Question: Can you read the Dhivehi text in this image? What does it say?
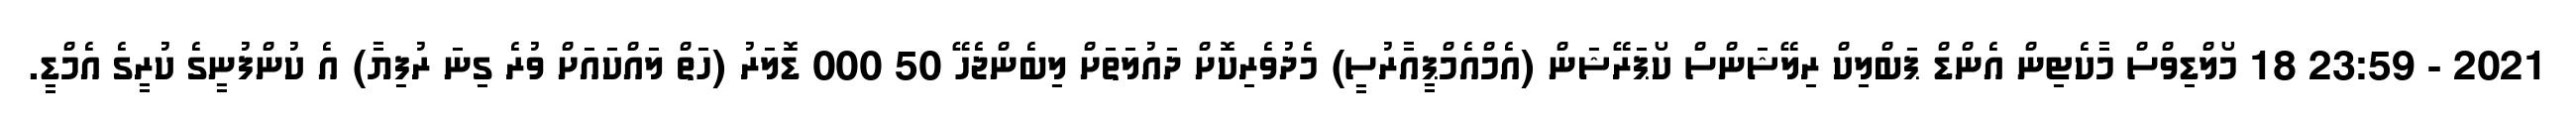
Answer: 2021 - 23:59 18 މޯލްޑިވްސް މާކެޓިން އެންޑް ޕަބްލިކް ރިލޭޝަންސް ކޯޕަރޭޝަން (އެމްއެމްޕީއާރުސީ) މެދުވެރިކޮށް ދައުލަތަށް ލިބެންޖެހޭ 50 000 ޑޮލަރު (ހަތް ލައްކައަށް ވުރެ ގިނަ ރުފިޔާ) އެ ކުންފުނީގެ ކުރީގެ އެމްޑީ.